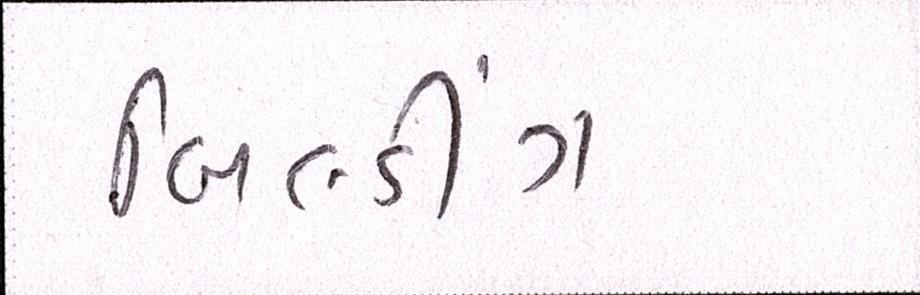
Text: બિલ્ડીંગ